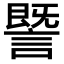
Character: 𧫜